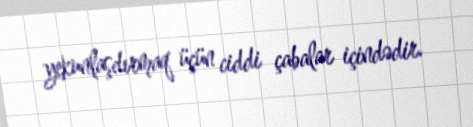
yekunlaşdırmaq üçün ciddi çabalar içindədir.